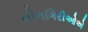
નીલગિરીઓએ